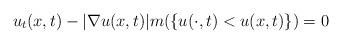
LaTeX: \begin{align*}u_t(x,t)-|\nabla u(x, t)| m(\{u(\cdot, t)< u(x, t)\})=0 \end{align*}